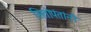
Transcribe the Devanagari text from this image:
सितोपंतांनी